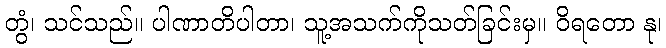
တွံ၊ သင်သည်။ ပါဏာတိပါတာ၊ သူ့အသက်ကိုသတ်ခြင်းမှ။ ဝိရတော နု၊